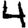
Digit: 4